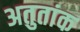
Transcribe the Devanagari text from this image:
अतुतांक